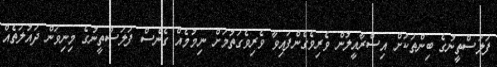
ފަލަސްތީނުގެ ބިންތަކަށް އިސްރާއީލުން ވެރިވެގެންފައިވާ ވެރިވެގަތުމަށް ނިމުމެއް ގެނެސް ފަލަސްތީނުގެ މިނިވަން ދައުލަތެއް